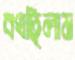
বখছিলাম